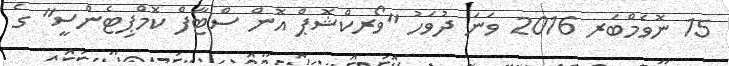
15 ނޮވެމްބަރ 2016 ވަނަ ދުވަހު "ވޯރކްޝޮޕް އޮން ސްޓާފް ކޮމްޕިޓެންސީ" ގެ